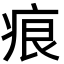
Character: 痕